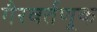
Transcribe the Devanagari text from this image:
गैरवर्तणूक